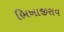
ભિખાજીરાવ